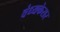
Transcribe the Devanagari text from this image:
वंध्यकेसर